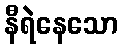
နီရဲနေသော